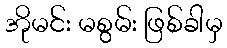
အိုမင်း မစွမ်း ဖြစ်ခါမှ